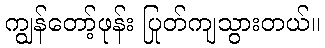
ကျွန်တော့်ဖုန်း ပြုတ်ကျသွားတယ်။